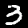
Label: 3